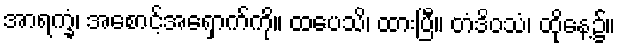
အာရက္ခံ၊ အစောင့်အရှောက်ကို။ ထပေသိ၊ ထားပြီ။ တံဒိဝသံ၊ ထိုနေ့၌။